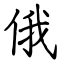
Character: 俄